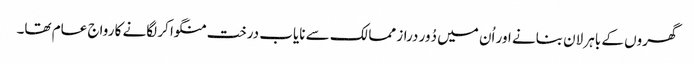
گھروں کے باہر لان بنانے اور اُن میں دُور دراز ممالک سے نایاب درخت منگوا کر لگانے کا رواج عام تھا۔